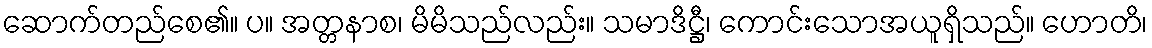
ဆောက်တည်စေ၏။ ပ။ အတ္တနာစ၊ မိမိသည်လည်း။ သမာဒိဋ္ဌီ၊ ကောင်းသောအယူရှိသည်။ ဟောတိ၊